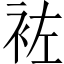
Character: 袏